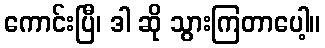
ကောင်းပြီ၊ ဒါ ဆို သွားကြတာပေါ့။